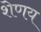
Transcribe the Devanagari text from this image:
शेणय